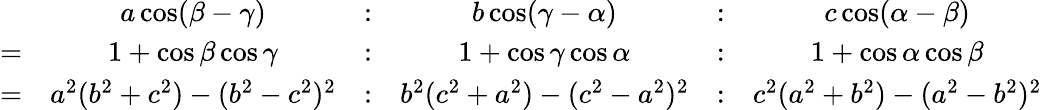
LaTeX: {\begin{array}{rccccc}&{a\cos(\beta-\gamma)}&{:}&{b\cos(\gamma-\alpha)}&{:}&{c\cos(\alpha-\beta)}\\ {=}&{1+\cos\beta\cos\gamma}&{:}&{1+\cos\gamma\cos\alpha}&{:}&{1+\cos\alpha\cos\beta}\\ {=}&{a^{2}(b^{2}+c^{2})-(b^{2}-c^{2})^{2}}&{:}&{b^{2}(c^{2}+a^{2})-(c^{2}-a^{2})^{2}}&{:}&{c^{2}(a^{2}+b^{2})-(a^{2}-b^{2})^{2}}\end{array}}